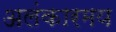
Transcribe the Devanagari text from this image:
अलंकारमय